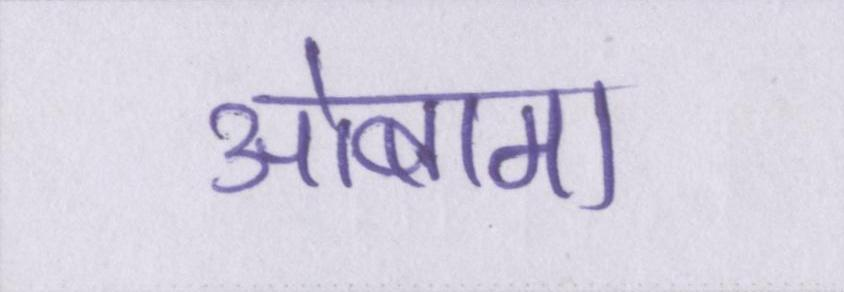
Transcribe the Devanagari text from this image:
ओबामा